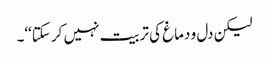
لیکن دل و دماغ کی تربیت نہیں کر سکتا‘‘۔